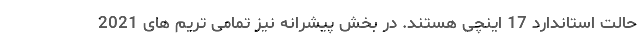
حالت استاندارد 17 اینچی هستند. در بخش پیشرانه نیز تمامی تریم های 2021